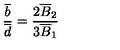
\frac { \overline { { b } } } { \overline { { d } } } = \frac { 2 \overline { { B } } _ { 2 } } { 3 \overline { { B } } _ { 1 } }